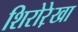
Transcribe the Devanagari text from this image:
शिरोरे़खा